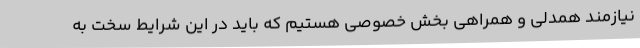
نیازمند همدلی و همراهی بخش خصوصی هستیم که باید در این شرایط سخت به